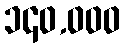
၁၄၀,၀၀၀